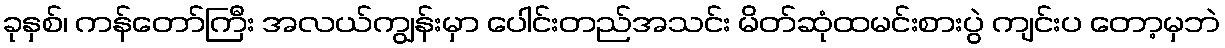
ခုနှစ်၊ ကန်တော်ကြီး အလယ်ကျွန်းမှာ ပေါင်းတည်အသင်း မိတ်ဆုံထမင်းစားပွဲ ကျင်းပ တော့မှဘဲ